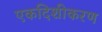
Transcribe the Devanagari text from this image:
एकदिशीकरण